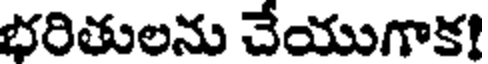
భరితులను చేయుగాక!